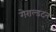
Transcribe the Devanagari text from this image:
गेराल्डटन